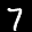
Label: 7